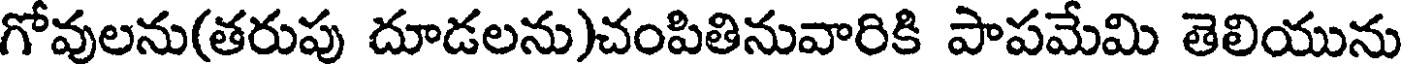
గోవులను(తరుపు దూడలను)చంపితినువారికి పాపమేమి తెలియును